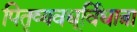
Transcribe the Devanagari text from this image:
पितृव्यवधूर्विधात्रा